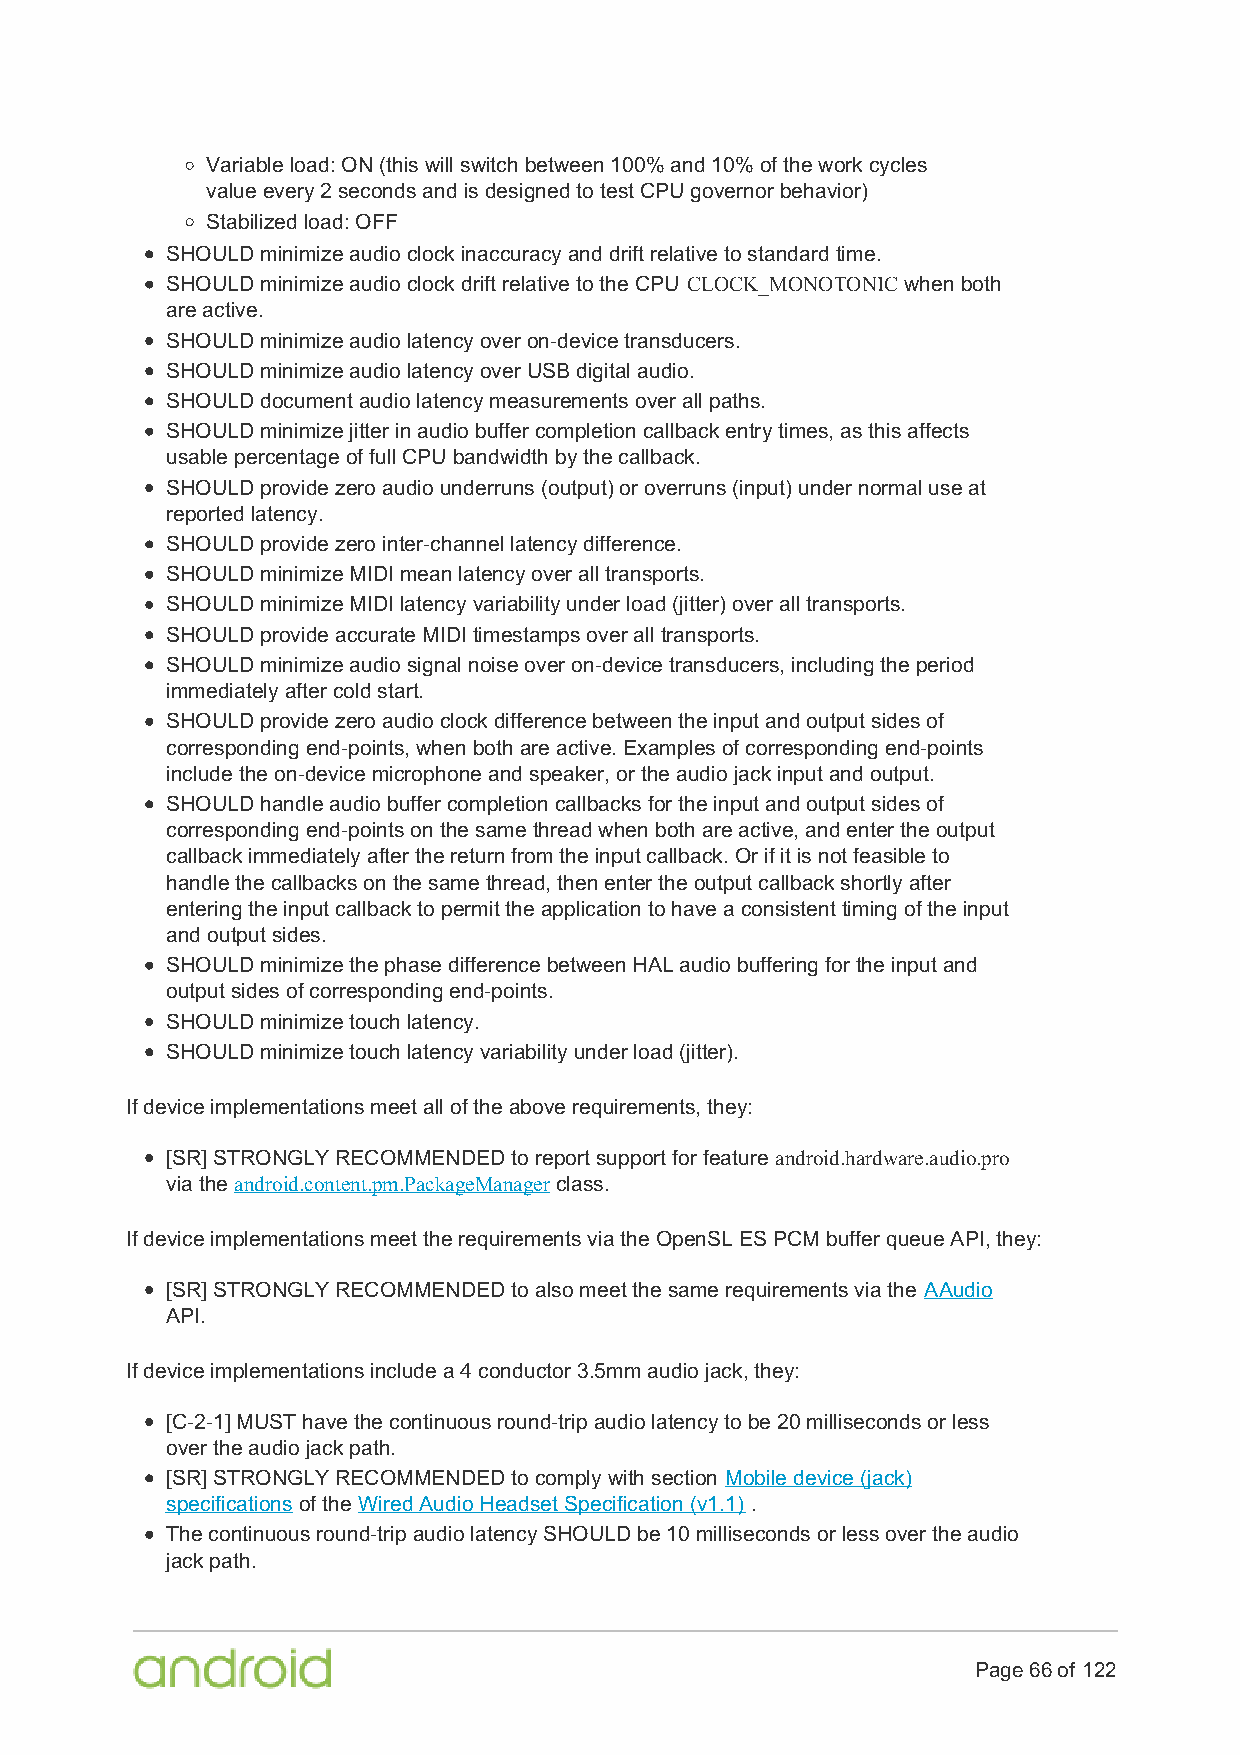
Variable load: ON (this will switch between 100% and 10% of the work cycles
 value every 2 seconds and is designed to test CPU governor behavior)
 Stabilized load: OFF
 SHOULD minimize audio clock inaccuracy and drift relative to standard time.
 SHOULD minimize audio clock drift relative to the CPU CLOCK_MONOTONIC when both
 are active.
 SHOULD minimize audio latency over on-device transducers.
 SHOULD minimize audio latency over USB digital audio.
 SHOULD document audio latency measurements over all paths.
 SHOULD minimize jitter in audio buffer completion callback entry times, as this affects
 usable percentage of full CPU bandwidth by the callback.
 SHOULD provide zero audio underruns (output) or overruns (input) under normal use at
 reported latency.
 SHOULD provide zero inter-channel latency difference.
 SHOULD minimize MIDI mean latency over all transports.
 SHOULD minimize MIDI latency variability under load (jitter) over all transports.
 SHOULD provide accurate MIDI timestamps over all transports.
 SHOULD minimize audio signal noise over on-device transducers, including the period
 immediately after cold start.
 SHOULD provide zero audio clock difference between the input and output sides of
 corresponding end-points, when both are active. Examples of corresponding end-points
 include the on-device microphone and speaker, or the audio jack input and output.
 SHOULD handle audio buffer completion callbacks for the input and output sides of
 corresponding end-points on the same thread when both are active, and enter the output
 callback immediately after the return from the input callback. Or if it is not feasible to
 handle the callbacks on the same thread, then enter the output callback shortly after
 entering the input callback to permit the application to have a consistent timing of the input
 and output sides.
 SHOULD minimize the phase difference between HAL audio buffering for the input and
 output sides of corresponding end-points.
 SHOULD minimize touch latency.
 SHOULD minimize touch latency variability under load (jitter).
 If device implementations meet all of the above requirements, they:
 [SR] STRONGLY RECOMMENDED to report support for feature android.hardware.audio.pro
 via the android.content.pm.PackageManager class.
 If device implementations meet the requirements via the OpenSL ES PCM buffer queue API, they:
 [SR] STRONGLY RECOMMENDED to also meet the same requirements via the AAudio
 API.
 If device implementations include a 4 conductor 3.5mm audio jack, they:
 [C-2-1] MUST have the continuous round-trip audio latency to be 20 milliseconds or less
 over the audio jack path.
 [SR] STRONGLY RECOMMENDED to comply with section Mobile device (jack)
 specifications of the Wired Audio Headset Specification (v1.1) .
 The continuous round-trip audio latency SHOULD be 10 milliseconds or less over the audio
 jack path.
 Page 66 of 122